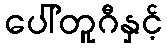
ပေါ်တူဂီနှင့်